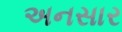
અનસાર